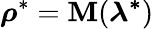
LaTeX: \boldsymbol{\rho}^{*}=\boldsymbol{\mathbf{M}}(\boldsymbol{\lambda^{*}})